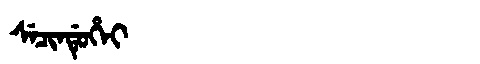
Manchu: ᠰᡝᠴᡳᠨᡩᡠᡥᡝᡳ
Romanization: SECINDUHEI